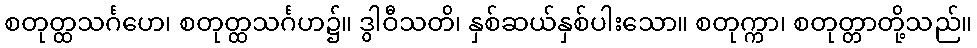
စတုတ္ထသင်္ဂဟေ၊ စတုတ္ထသင်္ဂဟ၌။ ဒွါဝီသတိ၊ နှစ်ဆယ်နှစ်ပါးသော။ စတုက္ကာ၊ စတုတ္တာတို့သည်။